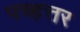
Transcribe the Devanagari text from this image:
पच्हत्तर